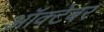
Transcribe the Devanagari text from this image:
आॅक्टेबर